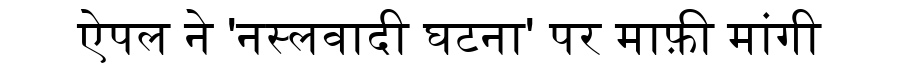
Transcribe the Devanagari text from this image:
ऐपल ने 'नस्लवादी घटना' पर माफ़ी मांगी